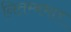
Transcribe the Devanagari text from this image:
नितम्बभार